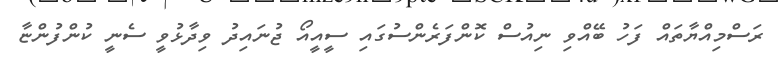
ރަސްމިއްޔާތައް ފަހު ބޭއްވި ނިއުސް ކޮންފަރެންސުގައި ސީއީއޯ ޖުނައިދު ވިދާޅުވީ ސެނީ ކުންފުންޏާ